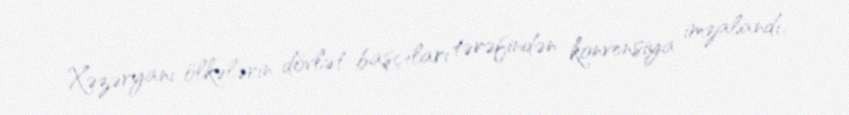
Xəzəryanı ölkələrin dövlət başçıları tərəfindən konvensiya imzalandı.